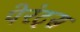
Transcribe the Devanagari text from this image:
पेरंट्स